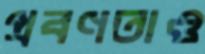
প্রবণতাও